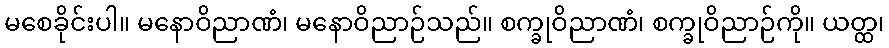
မစေခိုင်းပါ။ မနောဝိညာဏံ၊ မနောဝိညာဉ်သည်။ စက္ခုဝိညာဏံ၊ စက္ခုဝိညာဉ်ကို။ ယတ္ထ၊